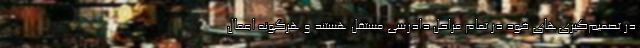
در تصمیم‌گیری‌های خود در تمام مراحل دادرسی مستقل هستند و هرگونه اعمال